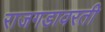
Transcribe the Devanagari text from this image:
राजगडावरती